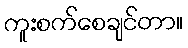
ကူးစက်စေချင်တာ။